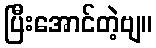
ပြီးအောင်တဲ့ဗျ။